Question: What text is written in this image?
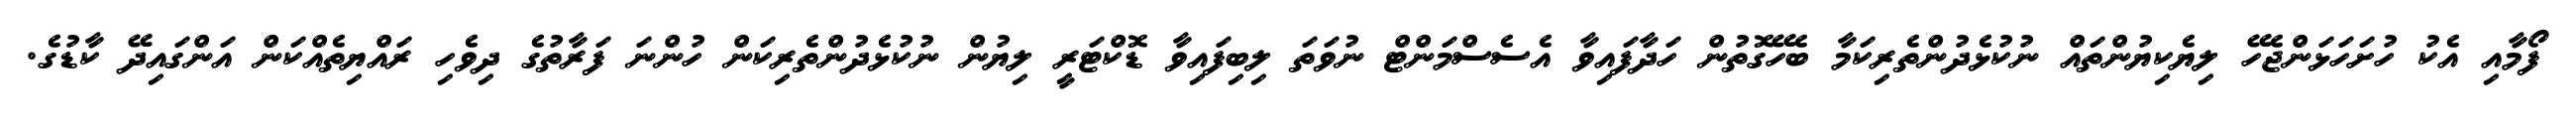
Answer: ފޯމާއި އެކު ހުށަހަޅަންޖެހޭ ލިޔެކިޔުންތައް ނުކުޅެދުންތެރިކަމާ ބެހޭގޮތުން ހަދާފައިވާ އެސެސްމަންޓް ނުވަތަ ލިބިފައިވާ ޑޮކްޓަރީ ލިޔުން ނުކުޅެދުންތެރިކަން ހުންނަ ފަރާތުގެ ދިވެހި ރައްޔިތެއްކަން އަންގައިދޭ ކާޑުގެ.